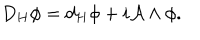
D _ { H } \phi = d _ { H } \phi + i { \mathcal A } \wedge \phi .